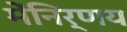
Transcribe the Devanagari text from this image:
मेंनिर्णय